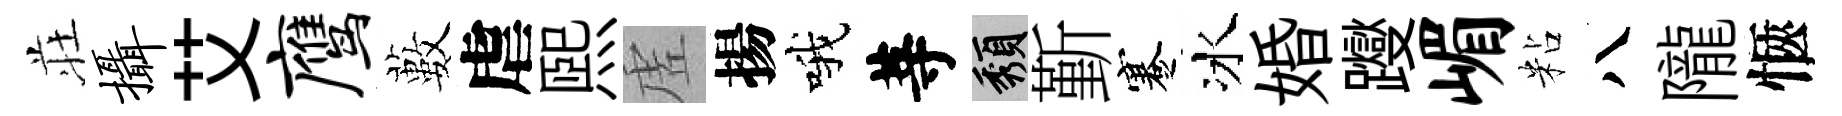
荘摄艾鹰藪虐熙虗揚哦䓁頽斳蹇冰婚躞嵋粘八隴愜